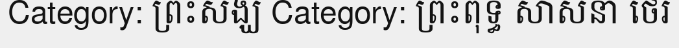
Category: ព្រះសង្ឃ Category: ព្រះពុទ្ធ សាសនា ថេរ